Report on sanitation, dispensaries, and jails in Rajputana for 1915, and on vaccination for the year 1915-1916 - 1915-1916
Year: 1915
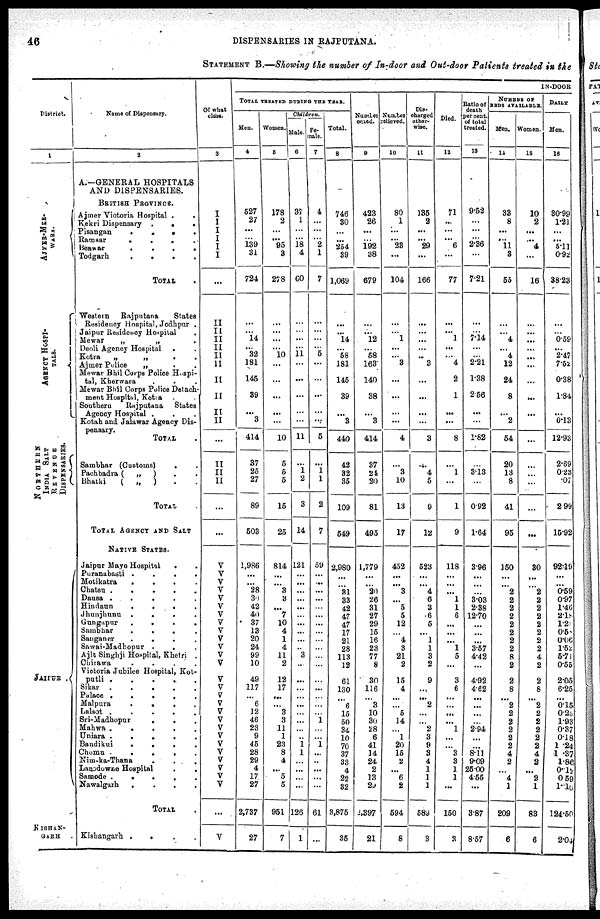
46
DISPENSARIES IN RAJPUTANA.
STATEMENT B.—Showing the number of In-door and Out-door Patients treated in the
District.
1
AJMER-MER
WARA.
AGENCY HOSPI-
----.
NORTHERN
INDIA SALT
REVENUE
DISPENSARIES.
JAIPUR .
KISHAN¬
GARH .
Name of Dispensary.
2
A.—GENERAL HOSPITALS
AND DISPENSARIES.
BRITISH PROVINCE.
Ajmer Victoria Hospital .
Kekri Dispensary .
.
.
Pisangan
.
.
.
.
Ramsar
.
.
.
.
Benwar
.
. . .
Todgarh
.
.
.
.
TOTAL .
Western
Rajputana
States
Residency Hospital, Jodhpur .
Jaipur Residency Hospital .
Mewar
„
„ .
Deoli Agency Hospital . .
Kotra
„
„
. .
Ajmer Police
„ . .
Mewar Bhil Corps Police Hospi-
tal, Kherwara . . .
Mewar Bhil Corps Police Detach-
ment Hospital, Kotra . .
Southern
Rajputana
States
Agency Hospital . . .
Kotah and Jalawar Agency Dis-
pensary.
TOTAL .
Sambhar (Customs)
. .
Pachbadra (
„
) . .
Bhatki
(
„
) . .
TOTAL
TOTAL AGENCY AND SALT
NATIVE STATES.
Jaipur Mayo Hospital . .
Puranabasti .
.
.
.
Motikatra
.
.
.
.
Chatsu .
.
.
.
.
Dausa .
.
.
.
.
Hindaun
.
.
.
.
Jhunjhunu
.
.
.
.
Gungapur
.
.
.
.
Sambhar
.
.
.
.
Sanganer
.
.
.
.
Sawai-Madhopur
. . .
Ajit Singhji Hospital, Khetri .
Chirawa
.
.
.
.
Victoria Jubilee Hospital, Kot-
putli
.
.
.
.
.
Sikar
.
.
.
.
.
Palace .
.
.
.
.
Malpura
.
.
.
.
Lalsot .
.
.
.
.
Sri-Madhopur
.
. .
Mahwa .
.
.
.
.
Uniara .
.
.
.
.
Bandikui
.
.
. .
Chomu
.
.
.
.
Nim-ka-Thana . . .
Lansdowne Hospital
.
.
Samode
.
.
. . .
Nawalgarh
.
.
.
.
TOTAL .
Kishangarh .
.
.
.
Of what
class.
3
I
I
I
I
I
I
...
II
II
II
II
II
II
II
II
II
II
...
II
II
II
...
...
V
V
V
V
V
V
V
V
V
V
V
V
V
V
V
V
V
V
V
V
V
V
V
V
V
V
V
...
V
IN-DOOR
TOTAL TREATED DURING THE YEAR.
Men.
4
527
27
...
...
... 31
724
...
... 14
...
32
181
145
39
...
3
414
37
25
27
89
503
1,986
...
...
28
30
42
40
37
13
20
24
99
10
49
117
...
6
12
46
23
9
45
28
29
4
17
27
2,737
27
Women.
5
178
2
...
... 95
3
278
...
...
...
...
10
...
...
...
...
...
10
5
5
5
15
25
814
...
...
3
3
...
7
10
4
1
4
11
2
12
17
...
...
3
3
11
1
23
8
4
...
5
5
951
7
Children.
Male.
6
37
1
...
...
18 4
60
...
...
...
...
11
...
...
...
...
...
11
...
1
2
3
14
121
...
...
...
...
...
...
...
...
...
...
3
...
...
...
...
...
...
...
...
...
1
1
...
...
...
...
126
1
Fe-
male.
7
4
27
...
...
2 1
7
...
...
...
...
5
...
...
...
...
...
5
...
1
1
2
7
59
...
...
...
...
...
...
...
...
...
...
...
...
...
...
...
...
...
1
...
...
1
...
...
...
...
...
61
...
Total.
8
746
30
...
...
254
39
1,069
...
... 14
...
58
181
145
39
...
3
440
42
32
35
109
549
2,980
...
...
31
33
42
47
47
17
21
28
113
12
61
130
...
6
15
50
34
10
70
37
33
4
22
32
3,875
35
Number
cured.
9
423
26
...
...
192
38
679
...
... 12
...
58
163
140
38
...
3
414
37
24
20
81
495
1,779
...
...
20
26
31
27
29
15
16
23
77
8
30
116
...
3
10
30
28
6
41
14
24
2
13
23
2,397
21
Number
relieved.
10
80
1
...
... 23
...
104
...
... 1
...
...
3
...
...
...
...
4
...
3
10
13
17
452
...
...
3
...
5
5
12
...
4
3
21
2
15
4
...
...
5
14
...
1
20
15
2
...
6
2
594
8
Dis-
charged
other-
wise.
11
135
2
...
...
29
...
166
...
...
...
...
...
3
...
...
...
...
3
...
4
5
9
12
523
...
...
4
6
3
6
5
...
1
1
3
2
9
...
...
2
...
...
2
3
9
3
4
1
1
1
582
3
Died.
12
71
...
...
... 6
...
77
...
... 1
...
...
4
2
1
...
...
8
...
1
...
1
9
118
...
...
...
1
1
6
...
...
...
1
5
...
3
6
...
...
...
...
1
...
...
3
3
1
1
...
150
3
Ratio of
death
per cent.
of total
treated.
13
9.52
27
...
...
2.36
...
7.21
...
... 7.14
...
...
2.21
1.38
2.56
...
...
1.82
...
3.13
...
0.92
1.64
3.96
...
...
...
3.03
2.38
12.70
...
...
...
3.57
4.42
...
4.92
4.62
...
...
...
...
2.94
...
...
8.11
9.09
25.00
4.55
...
3.87
8.57
NUMBER OF
BEDS AVAILABLE.
Men.
14
33
8
...
... 11
3
55
...
... 4
...
4
12
24
8
...
2
54
20
13
8
41
95
150
...
...
2
2
2
2
2
2
2
2
8
2
2
8
...
2
2
2
2
2
2
4
2
...
4
1
209
6
Women.
15
10
2
...
...
4
...
16
...
...
...
...
...
...
...
...
...
...
...
...
...
...
...
...
30
...
...
2
2
2
2
2
2
2
2
4
2
2
8
...
2
2
2
2
2
2
4
2
...
2
1
83
6
DAILY
Men.
16
80.99
1.21
...
...
5.11
0.92
88.23
...
... 0.59
...
2.47
7.52
0.38
1.84
...
0.13
12.93
2.69
0.28
.07
2.99
15.92
92.10
...
...
0.59
0.97
1.46
2.18
1.20
0.58
0.06 1.52
5.71
0.55
2.05
6.25
...
0.15
0.23
1.93
0.37
0.18
1.24
1.37
1.86
0.12
0.59
1.10
124.50
2.0